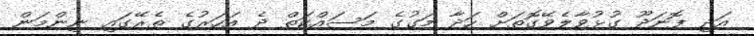
އަދި ފޮނަދޫ ގުޅުވާލެވޭގޮތަށް ހަދާ މަގުގެ މަސައްކަތް ދެ އަހަރުގެ ތެރޭގައި ނިންމަން